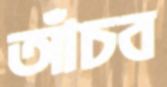
আঁচব